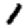
Digit: 1